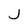
Character: J